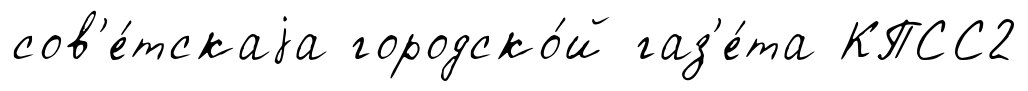
сов'е́тскаjа городско́й газ'е́та КПСС2